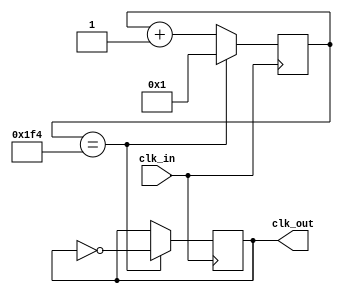
module clock_divider(input clk_in, output clk_out);

    parameter
      freq = 500;

    reg [31:0] counter = 1;
    reg temp_clk = 0;
    always @ (posedge(clk_in))
    begin
        if(counter == freq)
        begin
                counter <= 1;
                temp_clk <= ~temp_clk;
        end
        else
                counter <= counter+1;
        end
        assign clk_out = temp_clk ;
endmodule